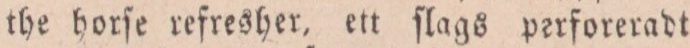
the horſe refresher, ett ſlags perforeradt